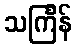
သင်္ကြန်